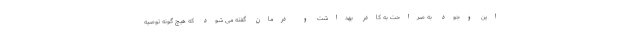
این وجود به صراحت به کادر بهداشت و درمان گفته می شود که هیچ گونه توصیه